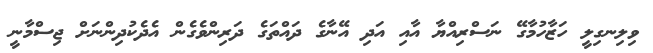
ވިލިނގިލީ ހަޒާހުމާގޭ ނަސްރިއްޔާ އާއި އަދި އޭނާގެ ދައްތަގެ ދަރިންވެގެން އެދެކުދިންނަށް ޖިސްމާނީ